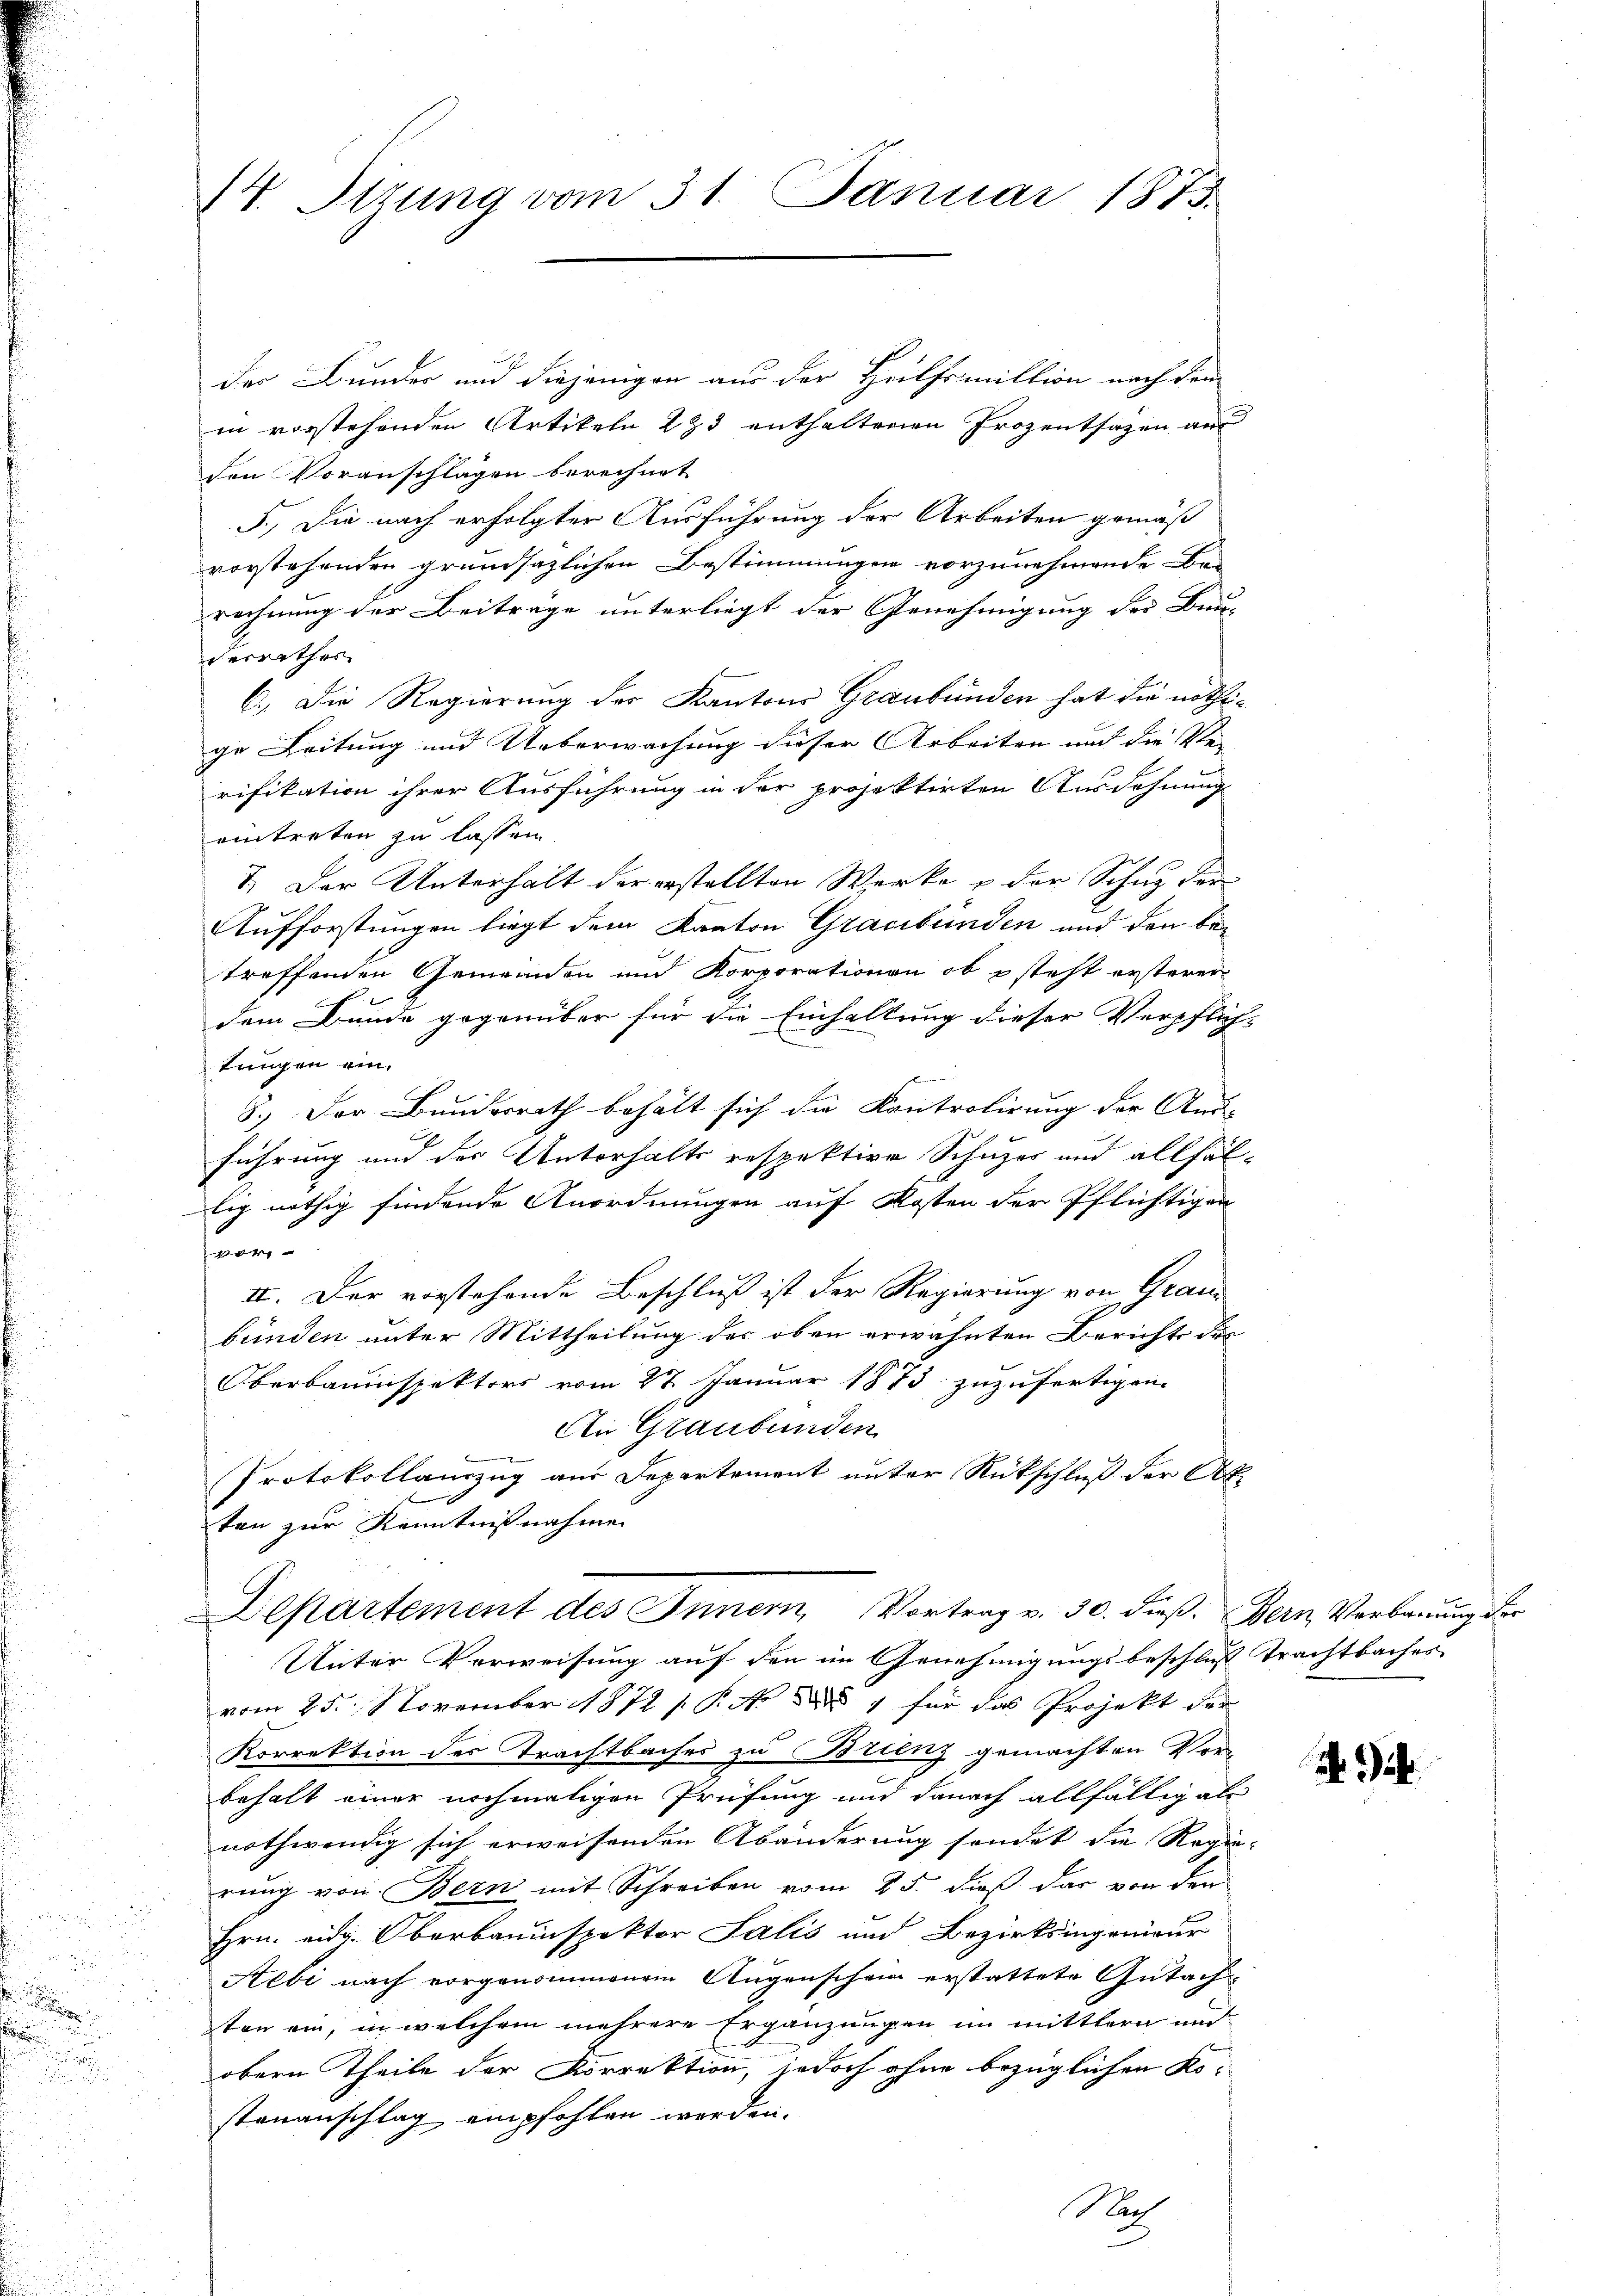
u

14. Stzung vom 31. Januar 1873.

der Bunder und diejenigen aus der Heilfsmillion nach den
in vorstehenden Artikeln 233 enthaltenen Prozentsagen aus
den Voranschlägen berechnet
F.) Die nach erfolgter Ausführung der Arbeiten gemäß
vorstehenden grundsätzlichen Bestimmungen vorzunehmende Be-
rechnung der Beiträge unterliegt der Genehmigung der Bun-
derrathes
C.) Die Regierung der Kantons Graubünden hat die nöthige Leitung und Ueberwachung dieser Arbeiten und die Ste- |
rifikation ihrer Ausführung in der projektirten Ausdehnung
eintreten zu lassen.
V. Der Unterhalt der erstellten Werke & der Schutz der
Aufforstungen liegt dem Kanton Gracibünden und den betreffenden Gemeinden und Korporationen ob & steht ersterer
dem Bunde gegenüber für die Einhaltung dieser Verpflich
tungen ein.

8.) Der Bundesrath behält sich die Kontrolirung der Anu-
führung und der Unterhalts respektive Schuzes und allfäl-
lig nöthig findende Anordnungen auf Kosten der Pflichtigen
ver
II. Der vorstehende Beschluß ist der Regierung von Grau
bünden unter Mittheilung des oben erwähnten Berichts der
Oberbauinspektors vom 27. Januar 1873 zuzufertigen.
An Graubünden
.
Protokollauszug aus Departement unter Rückschluß der Ak
ten zur Kenntnißnahme
Departement des Innern, Vortrag v. 30. dieß. Bern, Verbauung der
Unter Verweisung auf den im Genehmigungsbeschluss Trachtbaches
vom 25. November 1872 s. P. Nr. 7 für das Projekt der
Korrektion des Trachtbaches zu Brienz gemachten Vorbehalt einer nochmaligen Prüfung und danach allfältig als
nothwendig sich erweisenden Abänderung sondet die Regie-
rung von Bern mit Schreiben vom 25. dieß das von den
Hrn. eidg. Oberbauinspektor Salis und Bezirksingenieur
Aebi nach vorgenommenem Augenschein erstattete Gutachten ein, in welchem mehrere Ergänzungen im mittlern und
obern Theile der Korrektion, jedoch ohne bezüglichen Kostenanschlag empfohlen worden.
Nach

dh. Ge